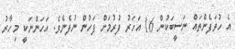
އެ ހުވަފެންތައް ނަސީބަކުން 16 އަހަރު ފުރުމަށް ފަހުން ނުފެނެވެ. އަހަންނަކީ މިހާރު